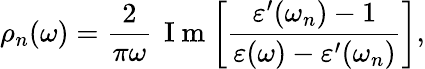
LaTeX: \rho_{n}(\omega)=\frac{2}{\pi\omega}\, \mathrm{~I~m~}\! \left[\frac{\varepsilon^{\prime}(\omega_{n})-1}{\varepsilon(\omega)-\varepsilon^{\prime}(\omega_{n})}\right],